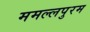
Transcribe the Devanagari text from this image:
ममल्लपुरम